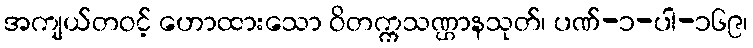
အကျယ်တဝင့် ဟောထားသော ဝိတက္ကသဏ္ဌာနသုတ်၊ ပဏ်-၁-ပါ-၁၆၉၊